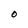
Character: O